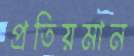
প্রতিয়মান